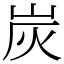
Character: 炭